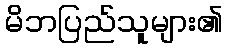
မိဘပြည်သူများ၏